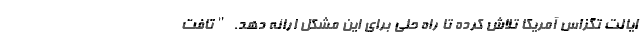
ایالت تگزاس آمریکا تلاش کرده تا راه حلی برای این مشکل ارائه دهد. "تافت